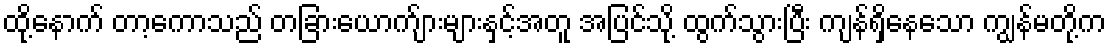
ထို့နောက် တာ့ကောသည် တခြားယောက်ျားများနှင့်အတူ အပြင်သို့ ထွက်သွားပြီး ကျန်ရှိနေသော ကျွန်မတို့က